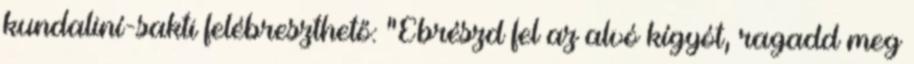
kundaliní-sakti felébreszthető: "Ébrészd fel az alvó kígyót, ragadd meg